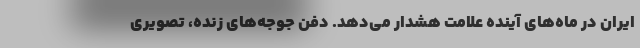
ایران در ماه‌های آینده علامت هشدار می‌دهد. دفن جوجه‌های زنده، تصویری